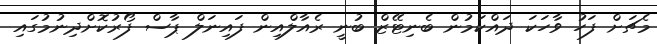
މެޗަށް ފަހު ވާހަކަ ދައްކަމުން ބެނިޓޭޒް ބުނީ ރެއާލްއިން ފައިނަލް ޕާސް ފޯރުކޮށްދިނުމުގައި